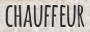
CHAUFFEUR